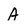
Character: A